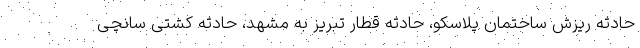
حادثه ریزش ساختمان پلاسکو، حادثه قطار تبریز به مشهد، حادثه کشتی سانچی